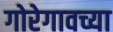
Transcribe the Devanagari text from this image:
गोरेगावच्या